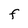
Character: F